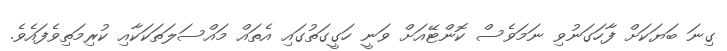
ގިނަ ބަޔަކަށް ފާހަގަނުވި ނަމަވެސް ކޮންޓޭއަށް ވަނީ ހަގީގަތުގައި އެތައް މައްސަލަތަކަކާއި ކުރިމަތިވެފައެވެ.